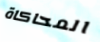
المحاكاة